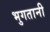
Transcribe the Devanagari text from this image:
भुगतानी